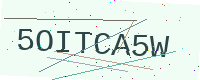
Text: 5OITCA5W